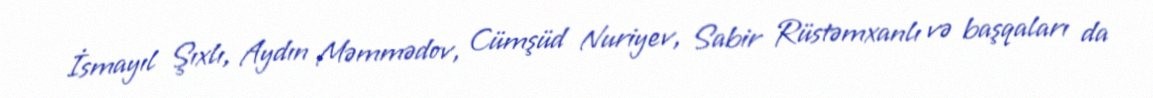
İsmayıl Şıxlı, Aydın Məmmədov, Cümşüd Nuriyev, Sabir Rüstəmxanlı və başqaları da